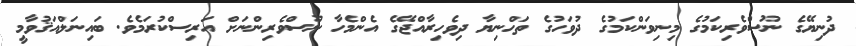
ދުނިޔޭގެ ނޫސްވެރިކަމުގެ މިނިވަންކަމުގެ ދުވަހުގެ ތަހްނިޔާ ދިވެހިރާއްޖޭގެ އެންމެހާ ނޫސްވެރިންނަށް އަރިސްކުރަމެވެ. ބައިނަލްއަޤުވާމީ